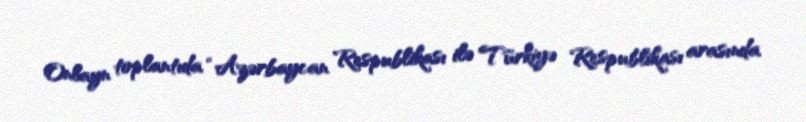
Onlayn toplantıda “Azərbaycan Respublikası ilə Türkiyə Respublikası arasında